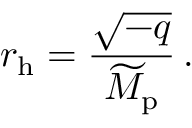
r _ { \mathrm { h } } = { \frac { \sqrt { - q } } { \widetilde { M } _ { \mathrm { p } } } } \, .